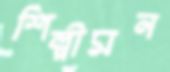
শিল্পীমন